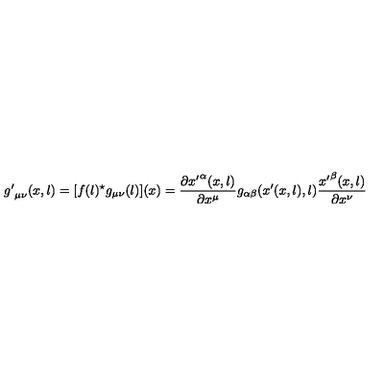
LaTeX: { g ^ { \prime } } _ { \mu \nu } ( x , l ) = [ f ( l ) ^ { \star } g _ { \mu \nu } ( l ) ] ( x ) = \frac { \partial { x ^ { \prime } } ^ { \alpha } ( x , l ) } { \partial x ^ { \mu } } g _ { \alpha \beta } ( x ^ { \prime } ( x , l ) , l ) \frac { { x ^ { \prime } } ^ { \beta } ( x , l ) } { \partial x ^ { \nu } }